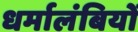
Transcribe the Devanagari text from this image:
धर्मालंबियों